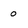
Character: o